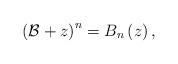
LaTeX: \begin{align*}\left(\mathcal{B}+z\right)^{n}=B_{n}\left(z\right),\end{align*}